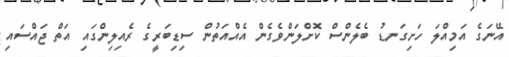
އޭނަގެ އަމިއްލަ ހަށިގަނޑު ބެލެންސް ކޮށްލަންވެގެން އެއްއަތުން ސިޑިބަރީގެ ރެއިލިންގައި އަތް ޖައްސައި